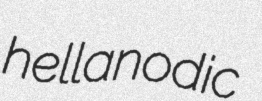
hellanodic